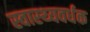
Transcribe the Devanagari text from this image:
स्‍वास्‍थ्‍यवर्धक